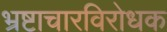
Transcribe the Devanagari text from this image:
भ्रष्टाचारविरोधक